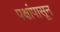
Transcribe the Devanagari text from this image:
पक्षांपासून